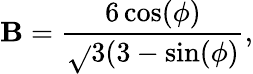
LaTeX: \mathbf{B}=\frac{{6\cos(\phi)}}{{\sqrt{}{{3}}(3-\sin(\phi)}},